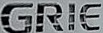
GRIE